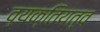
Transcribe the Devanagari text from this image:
व्यक्तियत्व